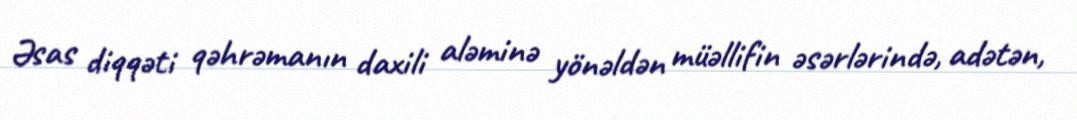
Əsas diqqəti qəhrəmanın daxili aləminə yönəldən müəllifin əsərlərində, adətən,